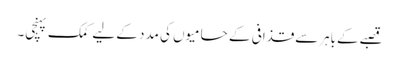
قصبےکےباہرسےقذافی کے حامیوں کی مدد کے لیے کمک پہنچی۔